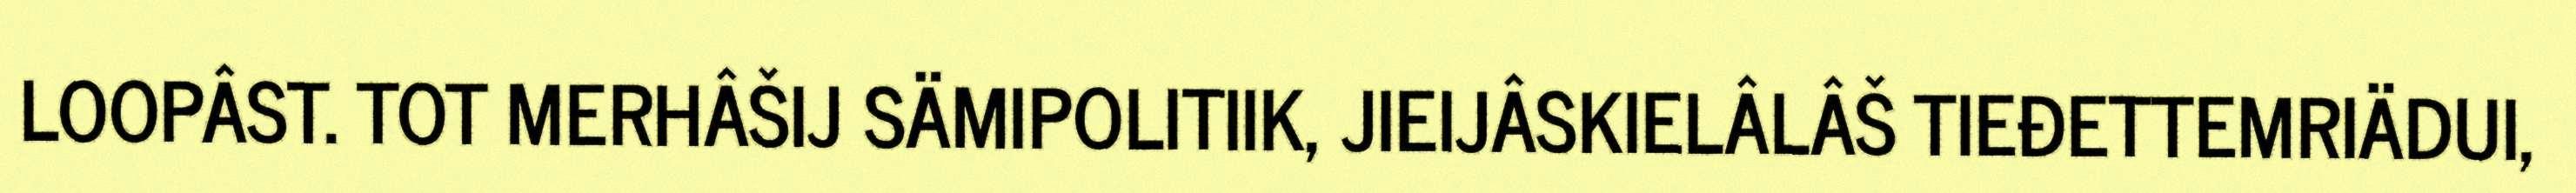
LOOPÂST. TOT MERHÂŠIJ SÄMIPOLITIIK, JIEIJÂSKIELÂLÂŠ TIEĐETTEMRIÄDUI,